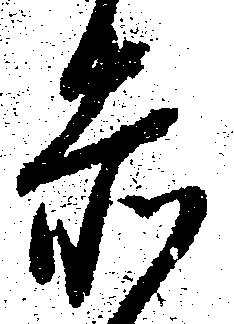
赤